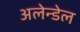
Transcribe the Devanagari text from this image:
अलेन्डेल